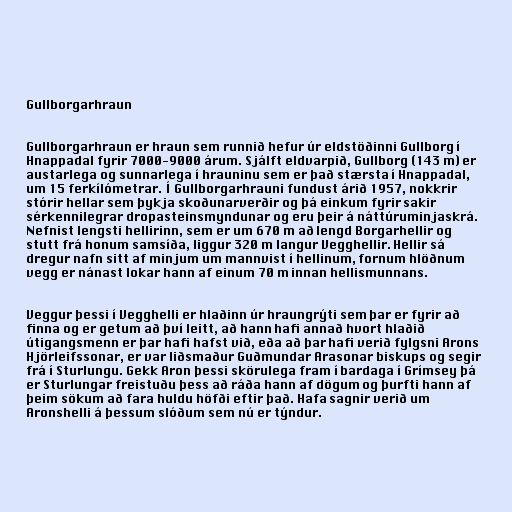
Gullborgarhraun

Gullborgarhraun er hraun sem runnið hefur úr eldstöðinni Gullborg í
Hnappadal fyrir 7000-9000 árum. Sjálft eldvarpið, Gullborg (143 m) er
austarlega og sunnarlega í hrauninu sem er það stærsta í Hnappadal,
um 15 ferkílómetrar. Í Gullborgarhrauni fundust árið 1957, nokkrir
stórir hellar sem þykja skoðunarverðir og þá einkum fyrir sakir
sérkennilegrar dropasteinsmyndunar og eru þeir á náttúruminjaskrá.
Nefnist lengsti hellirinn, sem er um 670 m að lengd Borgarhellir og
stutt frá honum samsíða, liggur 320 m langur Vegghellir. Hellir sá
dregur nafn sitt af minjum um mannvist í hellinum, fornum hlöðnum
vegg er nánast lokar hann af einum 70 m innan hellismunnans.

Veggur þessi í Vegghelli er hlaðinn úr hraungrýti sem þar er fyrir að
finna og er getum að því leitt, að hann hafi annað hvort hlaðið
útigangsmenn er þar hafi hafst við, eða að þar hafi verið fylgsni Arons
Hjörleifssonar, er var liðsmaður Guðmundar Arasonar biskups og segir
frá í Sturlungu. Gekk Aron þessi skörulega fram í bardaga í Grímsey þá
er Sturlungar freistuðu þess að ráða hann af dögum og þurfti hann af
þeim sökum að fara huldu höfði eftir það. Hafa sagnir verið um
Aronshelli á þessum slóðum sem nú er týndur.